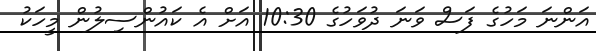
އަންނަ މަހުގެ ފަސް ވަނަ ދުވަހުގެ 10:30 އަށް އެ ކައުންސިލުން މީހަކު